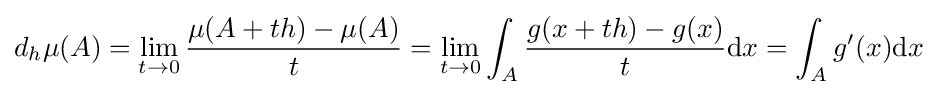
d_{h}\mu (A)=\lim \limits _{t\to 0}{\frac {\mu (A+th)-\mu (A)}{t}}=\lim \limits _{t\to 0}\int _{A}{\frac {g(x+th)-g(x)}{t}}\mathrm {d} x=\int _{A}g'(x)\mathrm {d} x